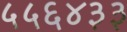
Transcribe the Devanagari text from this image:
५५६४३३